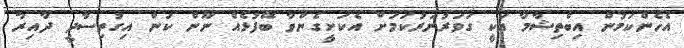
އެހެންކަމުން އިބްތިޝާމާ އަކީ ގަވަރުނަރުކަމަށް އެކަށީގެންވާ ބޭފުޅެއް ނޫން ކަން އިގުތިސާދީ ދާއިރާ